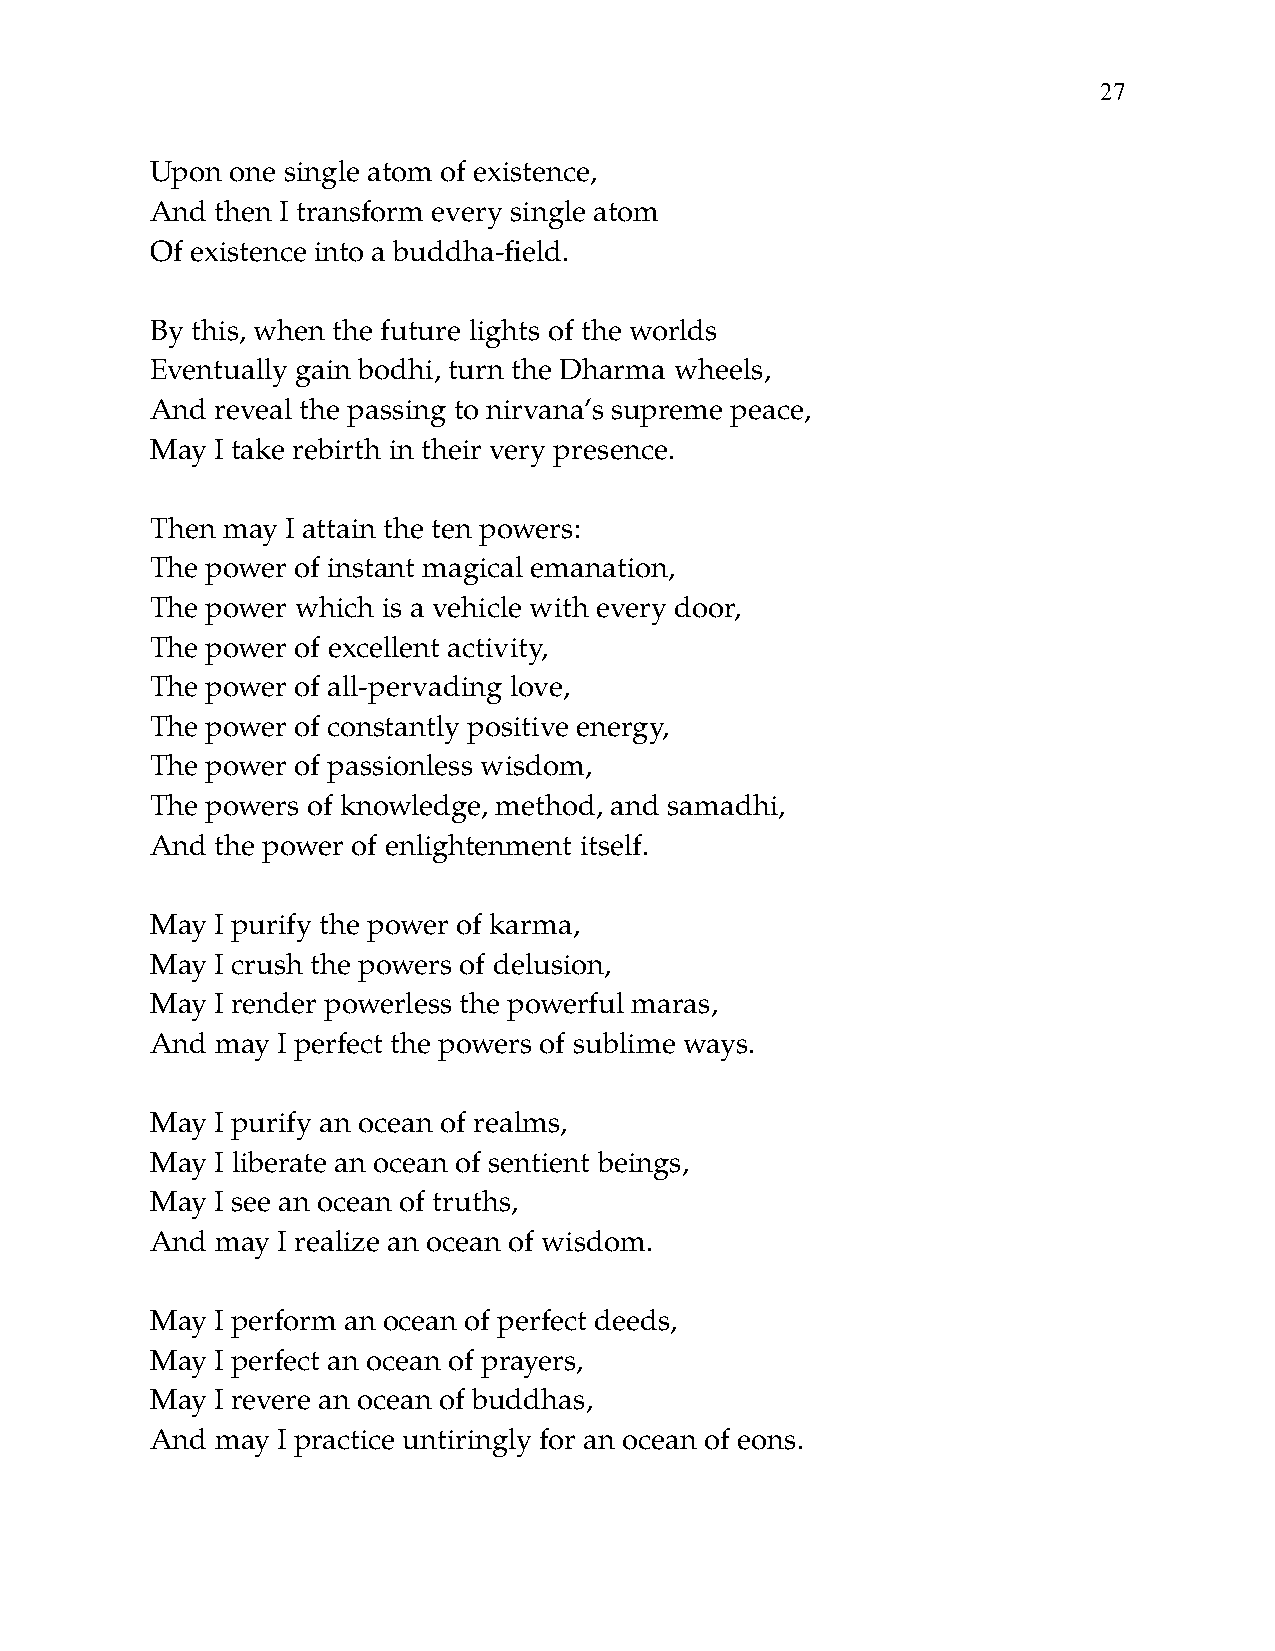
!27
 Upon one single atom of existence,
 And then I transform every single atom
 Of existence into a buddha-field.
 By this, when the future lights of the worlds
 Eventually gain bodhi, turn the Dharma wheels,
 And reveal the passing to nirvana’s supreme peace,
 May I take rebirth in their very presence.
 Then may I attain the ten powers:
 The power of instant magical emanation,
 The power which is a vehicle with every door,
 The power of excellent activity,
 The power of all-pervading love,
 The power of constantly positive energy,
 The power of passionless wisdom,
 The powers of knowledge, method, and samadhi,
 And the power of enlightenment itself.
 May I purify the power of karma,
 May I crush the powers of delusion,
 May I render powerless the powerful maras,
 And may I perfect the powers of sublime ways.
 May I purify an ocean of realms,
 May I liberate an ocean of sentient beings,
 May I see an ocean of truths,
 And may I realize an ocean of wisdom.
 May I perform an ocean of perfect deeds,
 May I perfect an ocean of prayers,
 May I revere an ocean of buddhas,
 And may I practice untiringly for an ocean of eons.